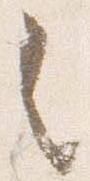
々